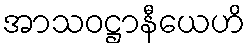
အာသဝဋ္ဌာနီယေဟိ